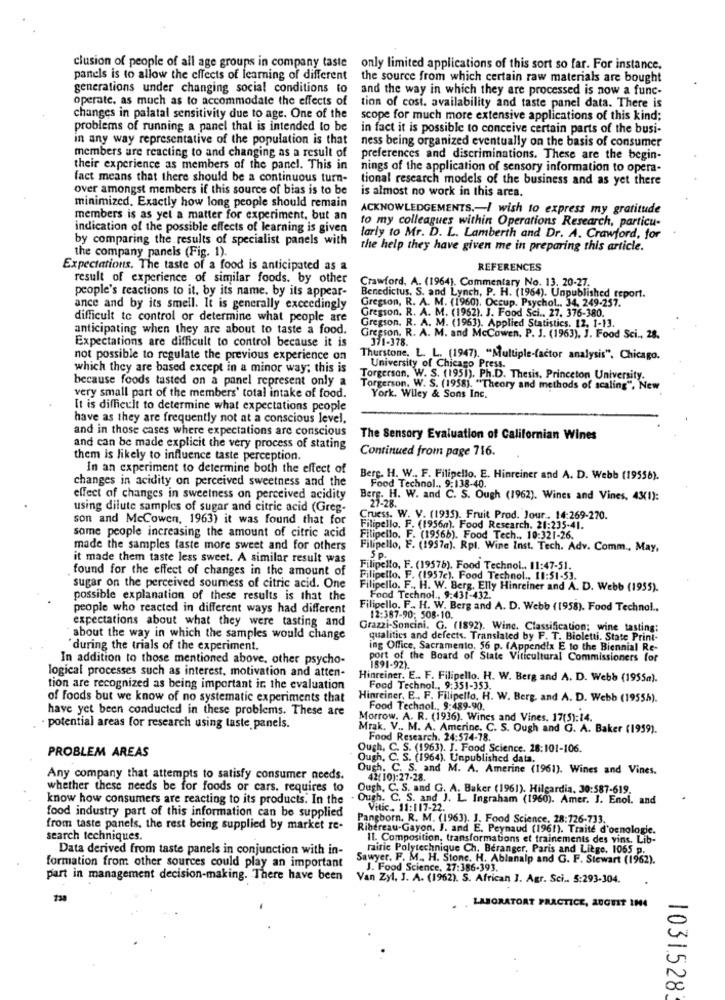
clusion of people of all age groups in company taste
only limited applications of this sort so far. For instance.
panels is to allow the effects of learning of different the source from which certain raw materials are bought
generations under changing social conditions to
and the way in which they are processed is now a func-
operate, as much as to accommodate the effects of
tion of cost. availability and taste panel data. There is
changes in palatal sensitivity due to age. One of the
scope for much more extensive applications of this kind;
problems of running a panel that is intended to be
in fact it is possible to conceive certain parts of the busi-
in any way representative of the population is that
ness being organized eventually on the basis of consumer
members are reacting to and changing as a result of
preferences and discriminations. These are the begin-
their experience as members of the panel. This in
nings of the application of sensory information to opera-
fact means that there should be a continuous turn-
tional research models of the business and as yet there
over amongst members if this source of bias is to be
is almost no work in this area.
minimized, Exactly how long people should remain
ACKNOWLEDGEMENTS .- I wish to express my gratitude
members is as yel a matter for experiment, but an
to my colleagues within Operations Research, particu-
indication of the possible effects of learning is given
by comparing the results of specialist panels with
larly to Mr. D. L. Lamberth and Dr. A. Crawford, for
the company panels (Fig. 1).
the help they have given me in preparing this article.
Expectations. The taste of a food is anticipated as a
REFERENCES
result of experience of similar foods. by other
people's reactions to it, by its name. by its appear-
Crawford, A. (1964). Commentary No. 13. 20-27.
Benedictus, S. and Lynch, P. H. (1964). Unpublished report.
Gregson, R. A. M. (1960). Occup. Psychol .. 34, 249-257.
ance and by its smell. It is generally exceedingly
Gregson. R. A. M. (1962). J. Food Sci .. 27. 376-380.
difficult to control or determine what people are
anticipating when they are about to taste a food.
Gregson. R. A. M. (1963). Applied Statistics, 12, 1-13.
Expectations are difficult to control because it is
Gregson. R. A. M. and McCowen, P. J. (1963), J. Food Sci ., 28.
371-378.
not possible to regulate the previous experience on
Thurstone, L. L. (1947). "Multiple-factor analysis", Chicago.
which they are based except in a minor way; this is
University of Chicago Press.
because foods tasted on a panel represent only a
Torgersan, W. S. (1951). Ph.D. Thesis, Princeton University.
Torgerson. W. S. (1958). "Theory and methods of scaling", New
very small part of the members' total intake of food.
York. Wiley & Sons Inc.
It is difficult to determine what expectations people
have as they are frequently not at a conscious level.
and in those cases where expectations are conscious
The Sensory Evaluation of Californian Wines
and can be made explicit the very process of stating
Continued from page 716.
them is likely to influence taste perception.
In an experiment to determine both the effect of
changes in acidity on perceived sweetness and the
Berg. H. W. F. Filipello. E. Hinreiner and A. D. Webb (19556).
Food Technol ., 9:138-40.
effect of changes in sweetness on perceived acidity
Berg. H. W. and C. S. Ough (1962). Wines and Vines, 43(1):
using dilute samples of sugar and citric acid (Greg-
27-28.
son and McCowen, 1963) it was found that for
Cruess. W. V. (1935). Fruit Prod. Jour .. 14:269-270.
Filipello. F. (1956m). Food Research. 21:235-41.
some people increasing the amount of citric acid
Filipello. F. (19566). Food Tech ., 10:321-26.
made the samples taste more sweet and for others
Filipello, F. (1957a). Rpt. Wine Inst. Tech. Adv. Comm ., May,
it made them taste less sweet. A similar result was
Sp.
found for the effect of changes in the amount of
Filipello, F. (19576). Food Technol .. 11:47-51.
Filipello. F. (1957c). Food Technol ., 11:51-53.
sugar on the perceived soumess of citric acid. One
Filipello. F ., H. W. Berg, Elly Hinreiner and A. D. Webb (1955).
possible explanation of these results is that the
Food Technol ., 9:431-432.
people who reacted in different ways had different
Filipello. F .. H. W. Berg and A. D. Webb (1958). Food Technol ..
expectations about what they were tasting and
12:387-90; 508-10.
Grazzi-Soncini. G. (1892). Wine. Classification; wine tasting;
about the way in which the samples would change
qualities and defects. Translated by F. T. Bioletti. State Print-
"during the trials of the experiment.
ing Office, Sacramento. 56 p. (Appendix E to the Biennial Re-
In addition to those mentioned above, other psycho-
port of the Board of State Viticultural Commissioners for
1591-92).
logical processes such as interest, motivation and atten-
Hinreiner, E .. F. Filipello. H. W. Berg and A. D. Webb (1955m).
tion are recognized as being important ir the evaluation
Food Technol ., 9:351-353.
of foods but we know of no systematic experiments that
Hinreiner, E, F. Filipello, H. W. Berg, and A. D. Webb (19555).
have yet been conducted in these problems. These are
Food Technol ., 9:489-90.
Morrow. A. R. (1936). Wines and Vines, 17(5):14.
· potential areas for research using laste panels.
Mrak. V .. M. A. Amerine. C. S. Ough and G. A. Baker (1959).
Food Research. 24:574-78.
Ough, C. S. (1963). I. Food Science. 28:101-106.
PROBLEM AREAS
Ough. C. S. (1964). Unpublished data.
Ough. C. S. and M. A. Amerine (1961). Wines and Vines.
Any company that attempts to satisfy consumer needs.
42(10):27-28.
whether these needs be for foods or cars. requires to
Ough. C. S. and G. A. Baker (1961). Hilgardia, 30:587-619.
know how consumers are reacting to its products. In the
Ough. C. S. and J. L. Ingraham (1960). Amer. J. Enol. and
food industry part of this information can be supplied
Vitic. 11: 117-22.
Pangborn. R. M. (1963). J. Food Science, 28:126-733.
from taste panels, the rest being supplied by market re-
Ribereau-Gayon, J. and E. Peynaud (1961). Traité d'ocnologie.
search techniques.
Il. Composition, transformations et trainements des vins. Lib-
Data derived from taste panels in conjunction with in-
raitic Polytechnique Ch. Beranger, Paris and Liege. 1065 p.
formation from other sources could play an important
Sawyer. F. M ., H. Stone. H. Ablanalp and G. F. Stewart (1962).
J. Food Science, 27:386-393.
part in management decision-making. There have been
Van Zyl. J. A. (1962). S. African ]. Agr. Sci .. 5:293-304.
LABORATORT PRACTICE, AUGUST 1H4
1031.528